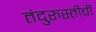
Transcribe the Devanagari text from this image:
तंदुरुस्तीची